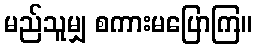
မည်သူမျှ စကားမပြောကြ။